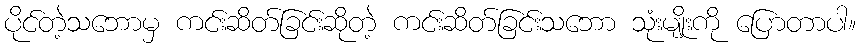
ပိုင်တဲ့သဘောမှ ကင်းဆိတ်ခြင်းဆိုတဲ့ ကင်းဆိတ်ခြင်းသဘော သုံးမျိုးကို ပြောတာပါ။